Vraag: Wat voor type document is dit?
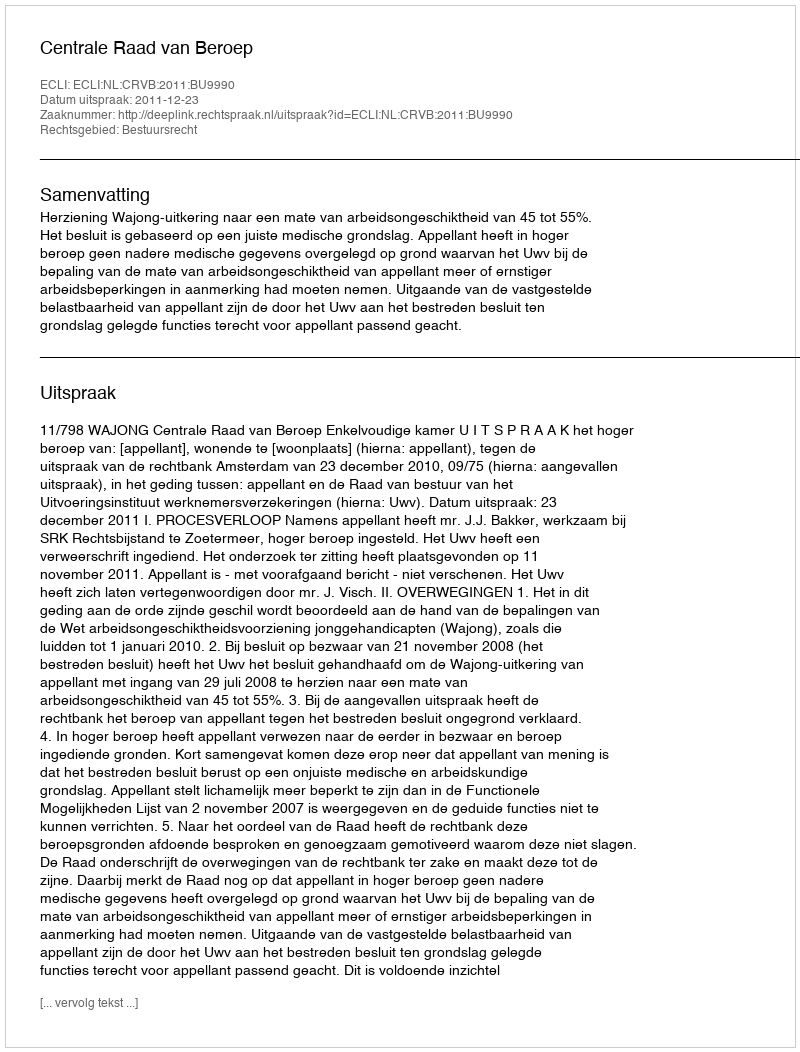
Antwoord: Uitspraak